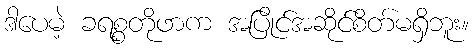
ဒါပေမဲ့ ခရစ္စတိုဖာက အပြိုင်အဆိုင်စိတ်မရှိဘူး။